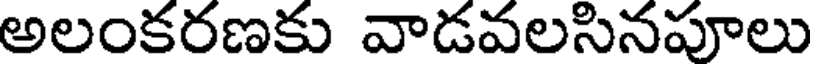
అలంకరణకు వాడవలసినపూలు